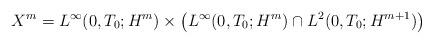
LaTeX: \begin{align*}X^m=L^\infty(0,T_0; H^m) \times \big(L^\infty(0,T_0; H^m)\cap L^2(0,T_0; H^{m+1})\big)\end{align*}